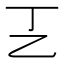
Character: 㐉